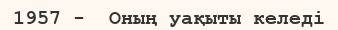
1957 -  Оның уақыты келеді